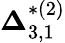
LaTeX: {\boldsymbol{\Delta}}_{3,1}^{*(2)}